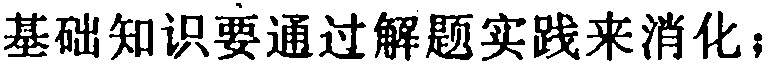
基础知识要通过解题实践来消化；